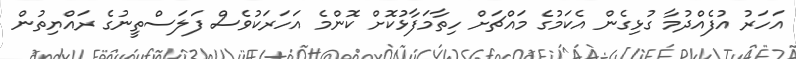
އަހަރު އުފެއްދުމާ ގުޅިގެން އެކަމުގެ މައްޗަށް ހިތާމަފާޅުކޮށް ކޮންމެ އަހަރަކުވެސް ފަލަސްތީނުގެ ރައްޔިތުން